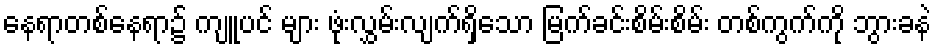
နေရာတစ်နေရာ၌ ကျူပင် များ ဖုံးလွှမ်းလျက်ရှိသော မြက်ခင်းစိမ်းစိမ်း တစ်ကွက်ကို ဘွားခနဲ